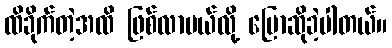
ထိခိုက်တဲ့အထိ ဖြစ်လာမယ်လို့ ပြောဆိုခဲ့ပါတယ်။